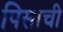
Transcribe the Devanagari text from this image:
पिसाची